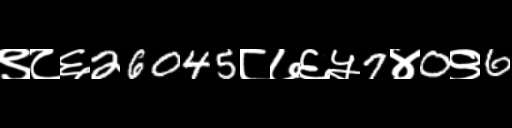
Text: ९८६26045८७६५7४0९6